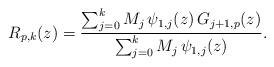
LaTeX: \begin{align*}R_{p,k}(z)=\frac{\sum^{k}_{j=0}M_j\,\psi_{1,j}(z)\,G_{j+1,p}(z)}{\sum^{k}_{j=0}M_j\,\psi_{1,j}(z)}.\end{align*}